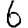
Digit: 6